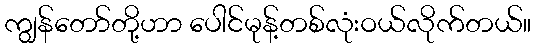
ကျွန်တော်တို့ဟာ ပေါင်မုန့်တစ်လုံးဝယ်လိုက်တယ်။